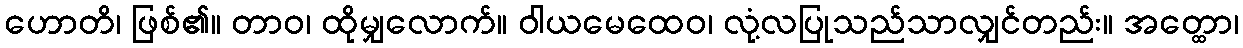
ဟောတိ၊ ဖြစ်၏။ တာဝ၊ ထိုမျှလောက်။ ဝါယမေထေဝ၊ လုံ့လပြုသည်သာလျှင်တည်း။ အတ္ထော၊